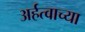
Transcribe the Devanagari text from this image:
अर्हत्वाच्या